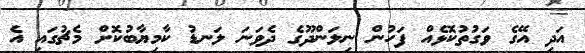
އަދި އޭގެ ވަގުތުކޮޅެއް ފަހުން ނިލަންދޫގެ ދެވަނަ ލަނޑު ކާމިޔާބުކޮށް މެޗުގައި އެ